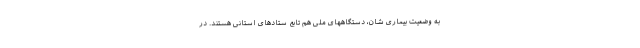
به وضعیت بیماری شان، دستگاههای ملی هم تابع ستادهای استانی هستند. در